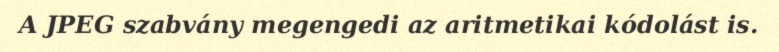
A JPEG szabvány megengedi az aritmetikai kódolást is.